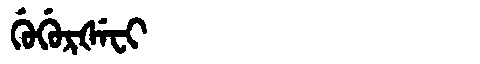
Manchu: ᡤᡠᡤᡠᡵᡧᡝᠸᡳ
Romanization: GUGURŠEFI